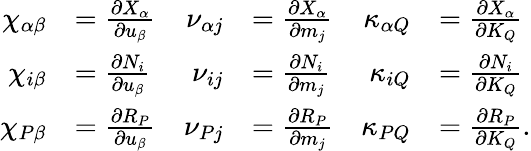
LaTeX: \begin{array}{rlrlrl}{\chi_{\alpha\beta}}&{=\frac{\partial X_{\alpha}}{\partial u_{\beta}}}&{\nu_{\alpha j}}&{=\frac{\partial X_{\alpha}}{\partial m_{j}}}&{\kappa_{\alpha Q}}&{=\frac{\partial X_{\alpha}}{\partial K_{Q}}}\\ {\chi_{i\beta}}&{=\frac{\partial N_{i}}{\partial u_{\beta}}}&{\nu_{ij}}&{=\frac{\partial N_{i}}{\partial m_{j}}}&{\kappa_{iQ}}&{=\frac{\partial N_{i}}{\partial K_{Q}}}\\ {\chi_{P\beta}}&{=\frac{\partial R_{P}}{\partial u_{\beta}}}&{\nu_{Pj}}&{=\frac{\partial R_{P}}{\partial m_{j}}}&{\kappa_{PQ}}&{=\frac{\partial R_{P}}{\partial K_{Q}}.}\end{array}